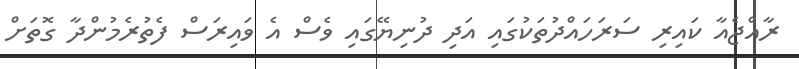
ރާއްޖެއާ ކައިރި ސަރަހައްދުތަކުގައި އަދި ދުނިޔޭގައި ވެސް އެ ވައިރަސް ފެތުރެމުންދާ ގޮތަށް